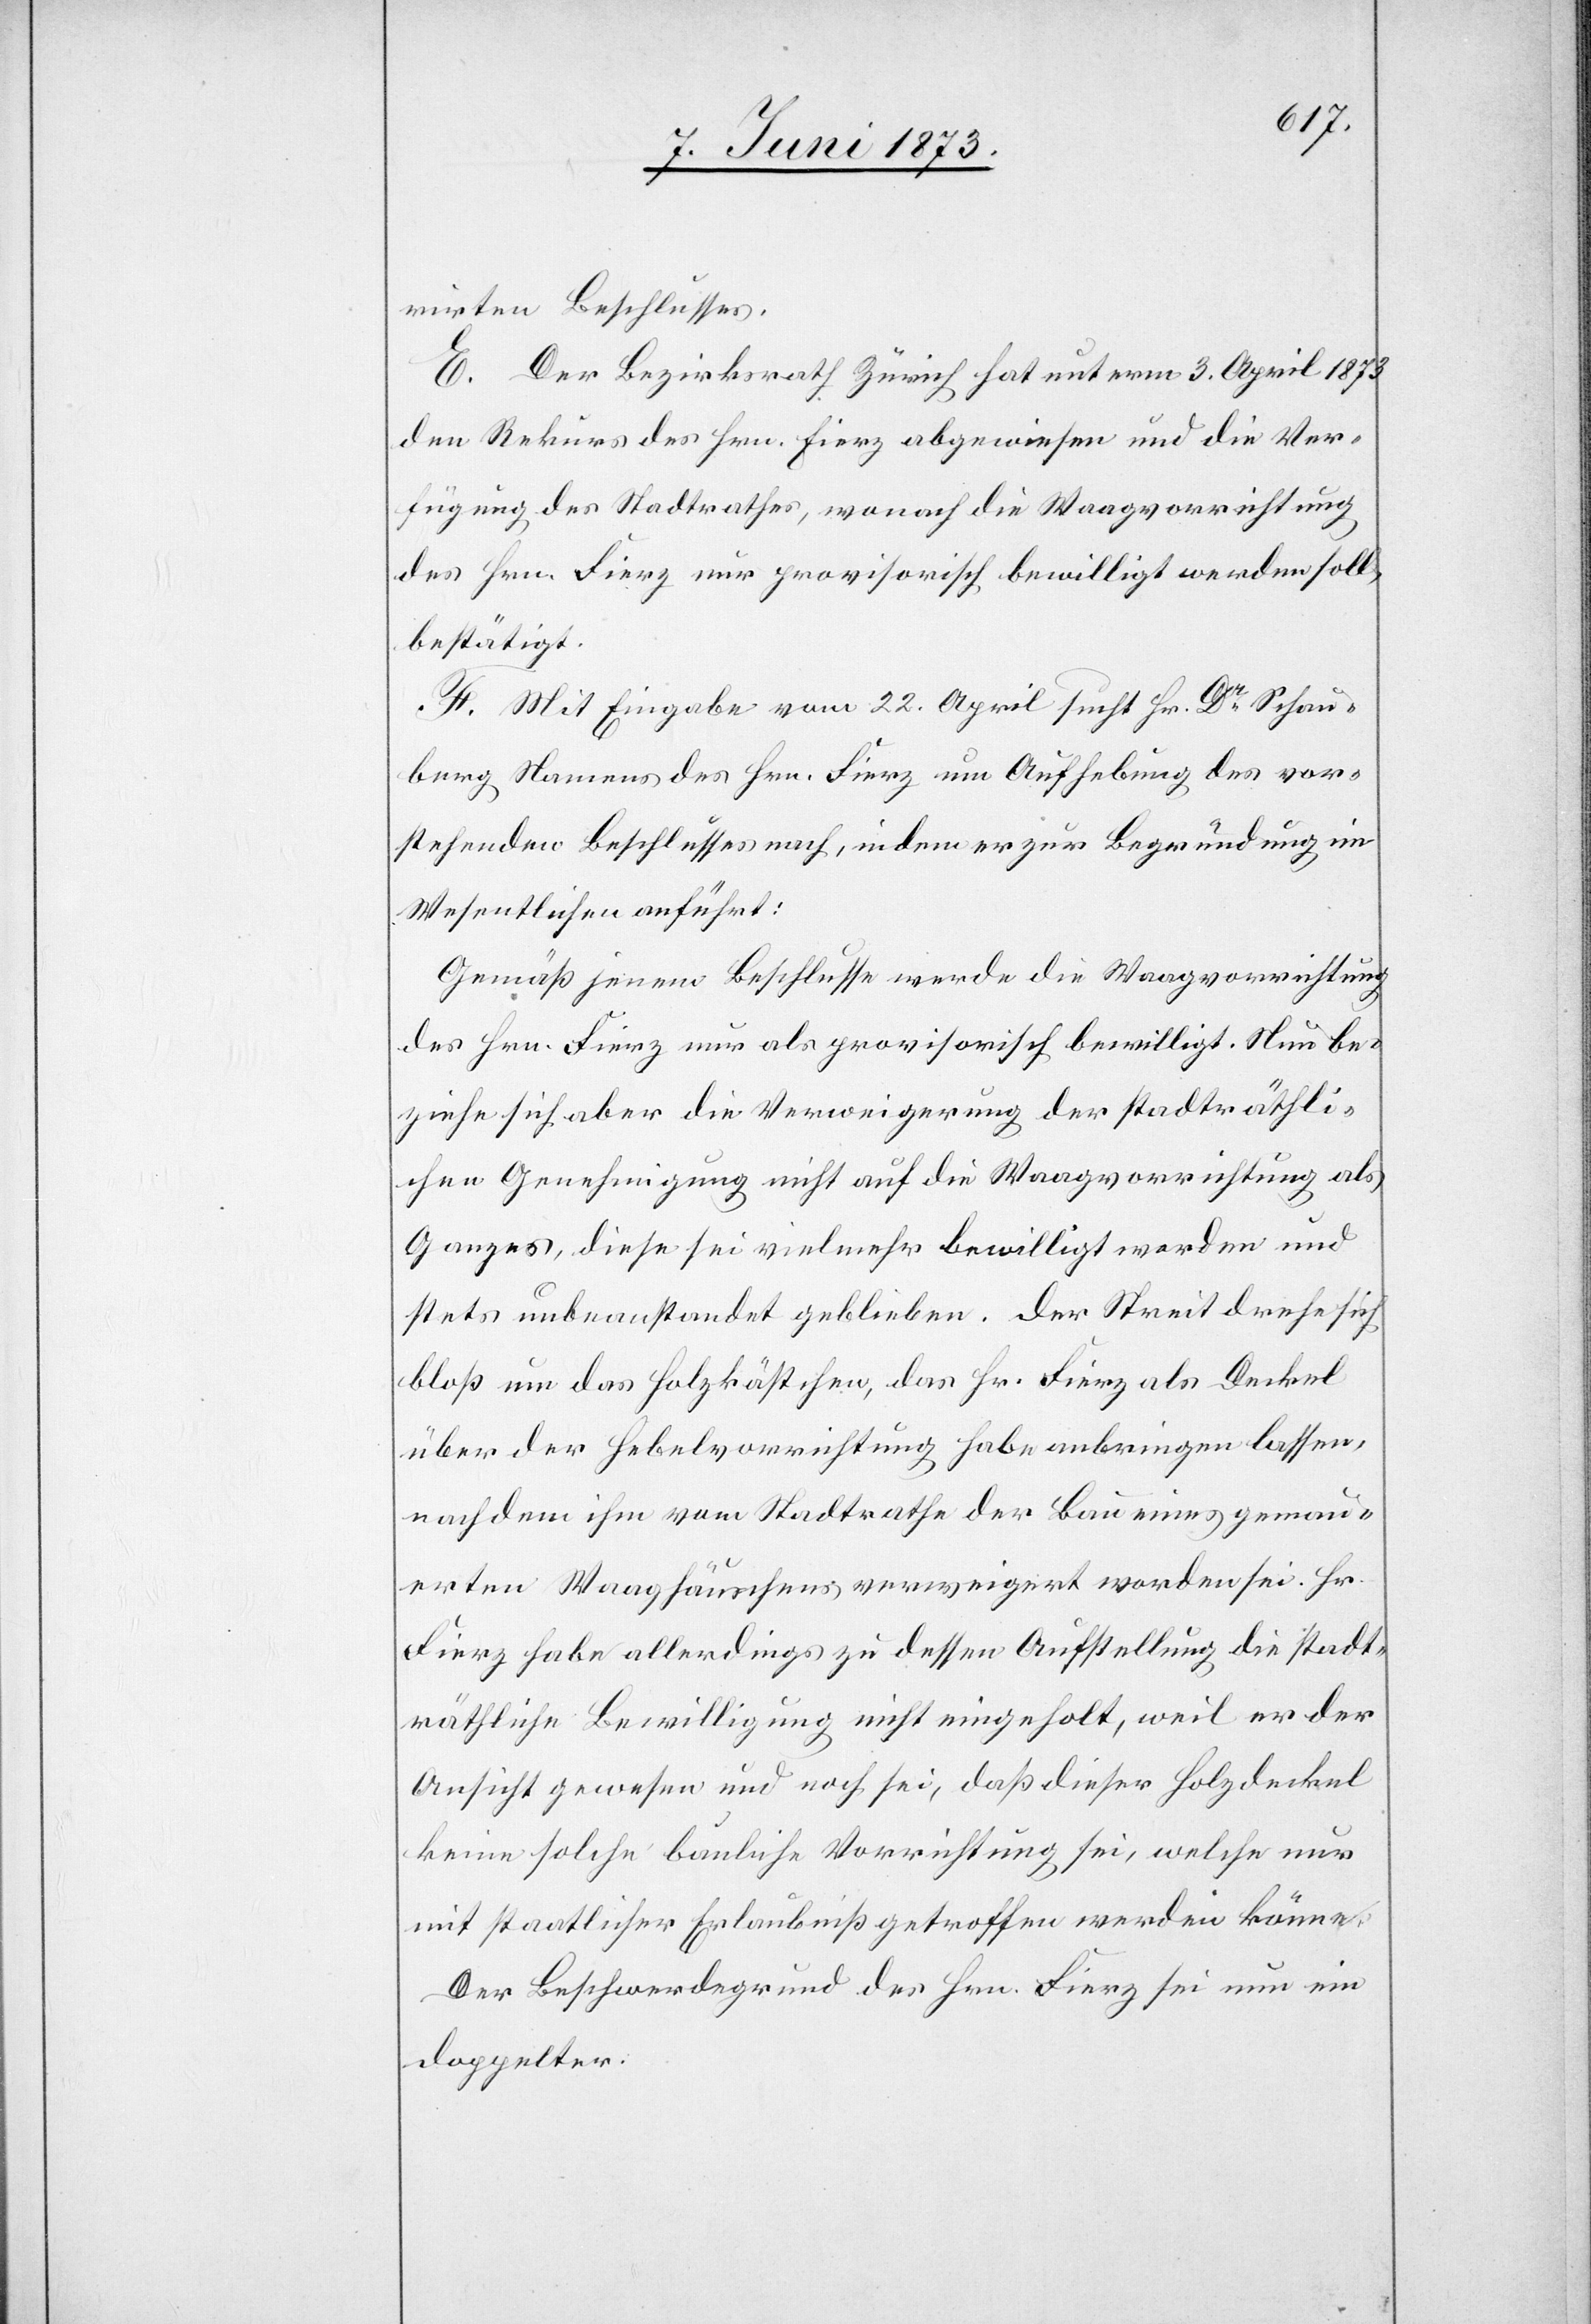
rirten Beschlusses.
E. Der Bezirksrath Zürich hat unterm 3. April 1873
den Rekurs des Hrn. Fierz abgewiesen und die Ver¬
fügung des Stadtrathes, wonach die Waagvorrichtung
des Hrn. Fierz nur provisorisch bewilligt werden soll,
bestätigt.
F. Mit Eingabe vom 22. April sucht Hr. Dr Schau¬
berg Namens des Hrn. Fierz um Aufhebung des vor¬
stehenden Beschlusses nach, indem er zur Begründung im
Wesentlichen anführt:
Gemäß jenem Beschlusse werde die Waagvorrichtung
des Hrn. Fierz nur als provisorisch bewilligt. Nun be¬
ziehe sich aber die Verweigerung der stadträthli¬
chen Genehmigung nicht auf die Waagvorrichtung als
Ganzes, diese sei vielmehr bewilligt worden und
stets unbeanstandet geblieben. Der Streit drehe sich
bloß um das Holzkästchen, das Hr. Fierz als Deckel
über der Hebelvorrichtung habe anbringen lassen,
nachdem ihm vom Stadtrathe der Bau eines gemau¬
erten Waaghäuschens verweigert worden sei. Hr.
Fierz habe allerdings zu dessen Aufstellung die stadt¬
räthliche Bewilligung nicht eingeholt, weil er der
Ansicht gewesen und noch sei, daß dieser Holzdeckel
keine solche bauliche Vorrichtung sei, welche nur
mit staatlicher Erlaubniß getroffen werden könne.
Der Beschwerdegrund des Hrn. Fierz sei nun ein
doppelter.